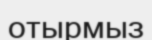
отырмыз